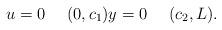
LaTeX: \begin{align*}u=0\ \ \ \ (0,c_1)y=0\ \ \ \ (c_2,L).\end{align*}